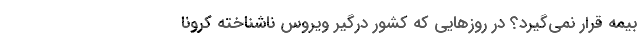
بیمه قرار نمی‌گیرد؟ در روزهایی که کشور درگیر ویروس ناشناخته کرونا